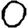
Digit: 0